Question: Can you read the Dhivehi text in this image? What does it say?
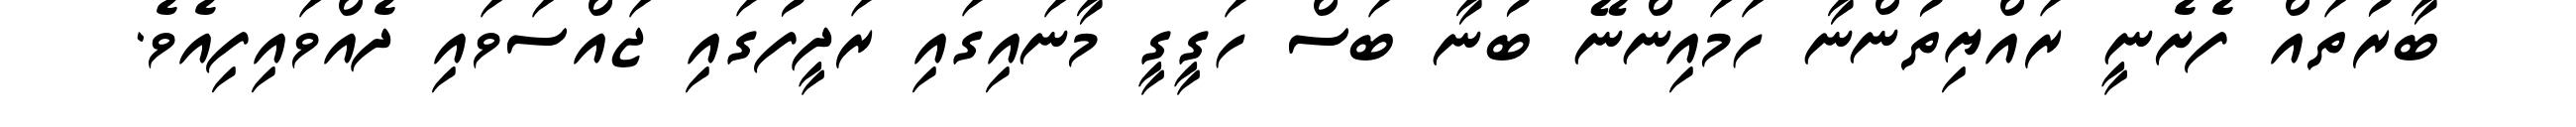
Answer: ބާރުތައް ފެށެނީ ރައްޔިތުންނާ ހަމައިންނޭ ބުނާ ބަސް ހަގީގީ މާނައިގައި ރަދީފުގައި ޖައްސަވައި ދެއްވައިފިއެވެ.